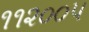
૧૧૨૦૦૫